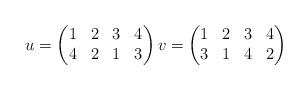
LaTeX: \begin{align*}u=\begin{pmatrix} 1 & 2 & 3 & 4 \\ 4 & 2 & 1 & 3\end{pmatrix} v=\begin{pmatrix} 1 & 2 & 3 & 4 \\ 3 & 1 & 4 & 2 \end{pmatrix}\end{align*}